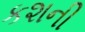
કશની